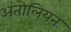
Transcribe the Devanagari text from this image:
अंतोलियन